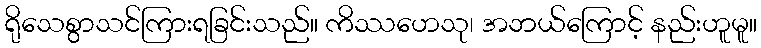
ရိုသေစွာသင်ကြားရခြင်းသည်။ ကိဿဟေသု၊ အဘယ်ကြောင့် နည်းဟူမူ။